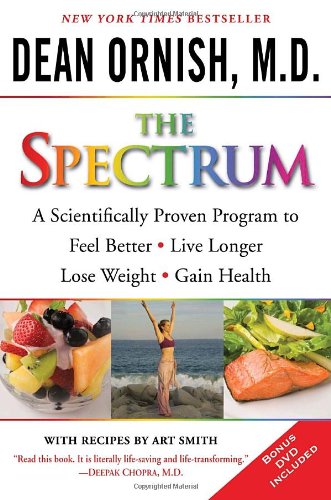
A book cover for The Spectrum: A Scientifically Proven Program to Feel Better, Live Longer, Lose Weight, and Gain Health; Dean Ornish M.D.; Health, Fitness & Dieting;